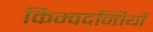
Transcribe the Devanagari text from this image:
किम्वदन्तियों